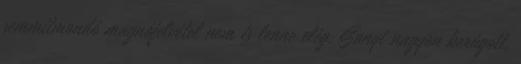
semmitmondó magnófelvétel nem is lenne elég. Sanyi nagyon be­rú­­gott,